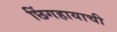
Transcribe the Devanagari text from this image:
छिंगहायाची